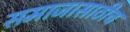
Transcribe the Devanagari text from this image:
समाजासाठीच